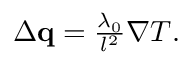
\begin{array} { r } { \Delta \mathbf q = \frac { \lambda _ { 0 } } { l ^ { 2 } } \nabla T . } \end{array}